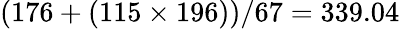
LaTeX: (176+(115\times 196))/67=339.04